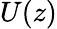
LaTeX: U(z)